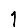
Digit: 1